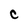
Character: C